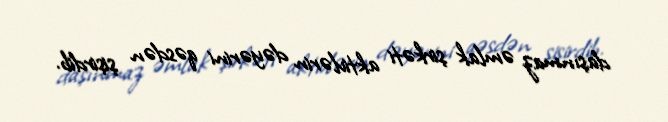
daşınmaz əmlak şirkəti aktivlərin dəyərini qəsdən şişirdib.